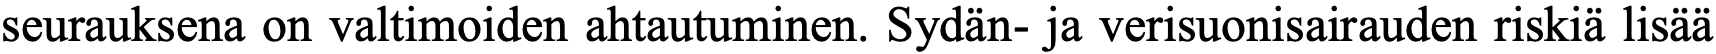
seurauksena on valtimoiden ahtautuminen. Sydän- ja verisuonisairauden riskiä lisää